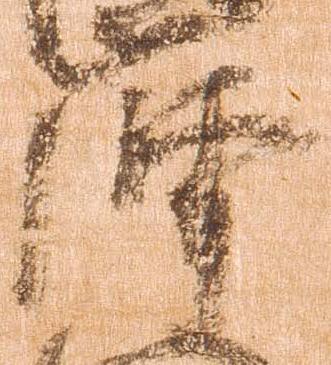
摩